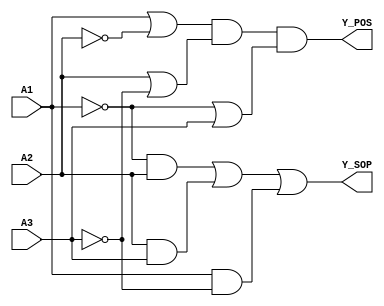
module comb_logic (
    input wire A1,              // First input
    input wire A2,              // Second input
    input wire A3,              // Third input
    output wire Y_SOP,          // Output in Sum of Products form
    output wire Y_POS           // Output in Product of Sums form
);

// Sum of Products (SOP) representation
// Example logic: Y_SOP = A1'A2 + A2A3 + A1A3'
assign Y_SOP = ( ~A1 & A2) | ( A2 & A3) | ( A1 & ~A3 );

// Product of Sums (POS) representation
// Example logic: Y_POS = (A1 + A2')(A2 + A3')(A1' + A3)
assign Y_POS = ( A1 | ~A2) & ( A2 | ~A3) & ( ~A1 | A3 );

endmodule